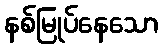
နစ်မြုပ်နေသော